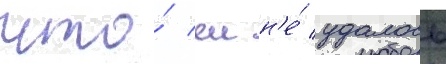
что́ еи н'е́ удалось